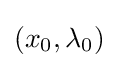
(x_{0},\lambda _{0})